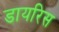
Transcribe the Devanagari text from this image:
डायरिस